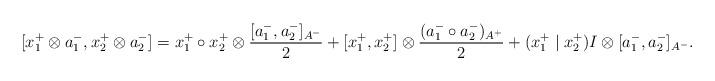
LaTeX: \begin{align*}[x_{1}^{+}\otimes a_{1}^{-},x_{2}^{+}\otimes a_{2}^{-}]=x_{1}^{+}\circ x_{2}^{+}\otimes\frac{[a_{1}^{-},a_{2}^{-}]_{A^{-}}}{2}+[x_{1}^{+},x_{2}^{+}]\otimes\frac{(a_{1}^{-}\circ a_{2}^{-})_{A^{+}}}{2}+(x_{1}^{+}\mid x_{2}^{+})I\otimes[a_{1}^{-},a_{2}^{-}]_{A^{-}}.\end{align*}